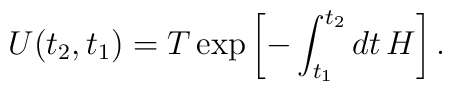
U(t_{2},t_{1})=T\exp\left[  -\int_{t_{1}}^{t_{2}}dt\,H\right]  .